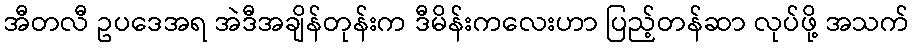
အီတလီ ဥပဒေအရ အဲဒီအချိန်တုန်းက ဒီမိန်းကလေးဟာ ပြည့်တန်ဆာ လုပ်ဖို့ အသက်